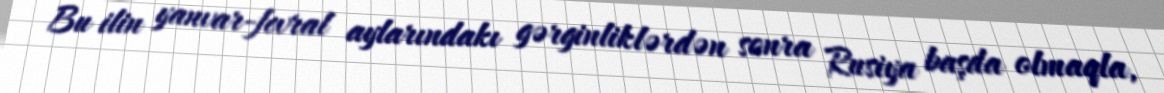
Bu ilin yanvar-fevral aylarındakı gərginliklərdən sonra Rusiya başda olmaqla,